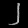
Digit: ၂